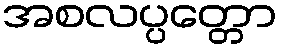
အစလပ္ပတ္တော